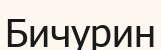
Бичурин